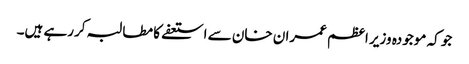
جو کہ موجودہ وزیر اعظم عمران خان سے استعفے کا مطالبہ کررہے ہیں۔